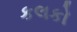
કલકો